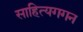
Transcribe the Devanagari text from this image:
साहित्यगगन